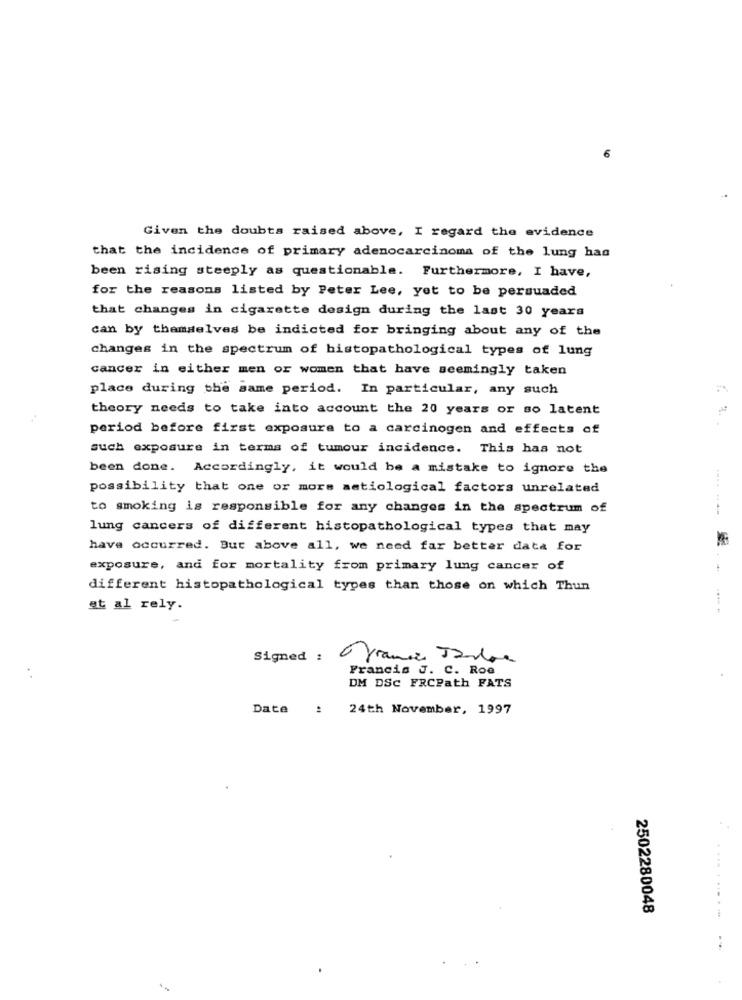
Given the doubts raised above, I regard the evidence
that the incidence of primary adenocarcinoma of the lung has
been rising steeply as questionable. Furthermore, I have,
for the reasons listed by Peter Lee, yet to be persuaded
that changes in cigarette design during the last 30 years
can by themselves be indicted for bringing about any of the
changes in the spectrum of histopathological types of lung
cancer in either men or women that have seemingly taken
place during the same period. In particular, any such
theory needs to take into account the 20 years or so latent
period before first exposure to a carcinogen and effects of
such exposure in terms of tumour incidence. This has not
been done. Accordingly, it would be a mistake to ignore the
possibility that one or more satiological factors unrelated
to smoking is responsible for any changes in the spectrum of
lung cancers of different histopathological types that may
have occurred. But above all, we need far better data for
exposure, and for mortality from primary lung cancer of
different histopathological types than those on which Thun
at al rely.
Signed : France Jande
Francis J. C. Roe
DM DSC FRCPath FATS
Date : 24th November, 1997
2502280048